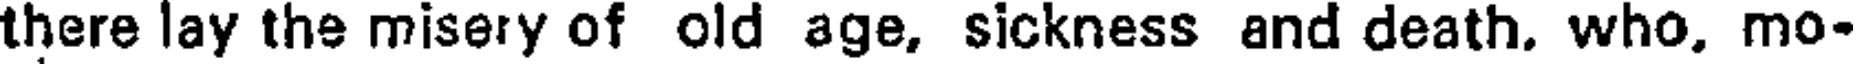
there lay the misery of old age, sickness and death. who. mo-